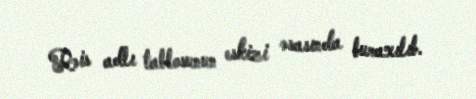
Rəis adlı tablosunun eskizi əsasında buraxılıb.